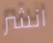
انشر